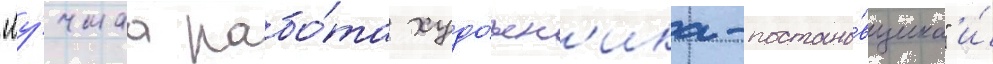
"лу́чшаа рабо́та худо́жн'ика-постано́вщика" и́